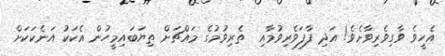
އެހީވެ ވާގިވެރިވާށެވެ! އަދި ފާފަވެރިވުމާއި  ތެރިވުމުގެ މައްޗަށް ތިޔަބައިމީހުން އެކަކު އަނެކަކަށް